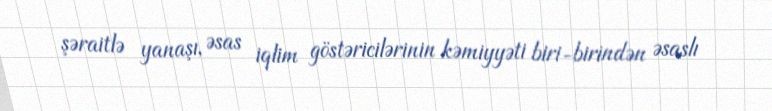
şəraitlə yanaşı, əsas iqlim göstəricilərinin kəmiyyəti biri-birindən əsaslı